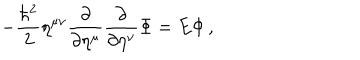
- \frac { \hbar ^ { 2 } } { 2 } \eta ^ { \mu \nu } \frac { \partial } { \partial \eta ^ { \mu } } \frac { \partial } { \partial \eta ^ { \nu } } \Phi = E \Phi \, ,